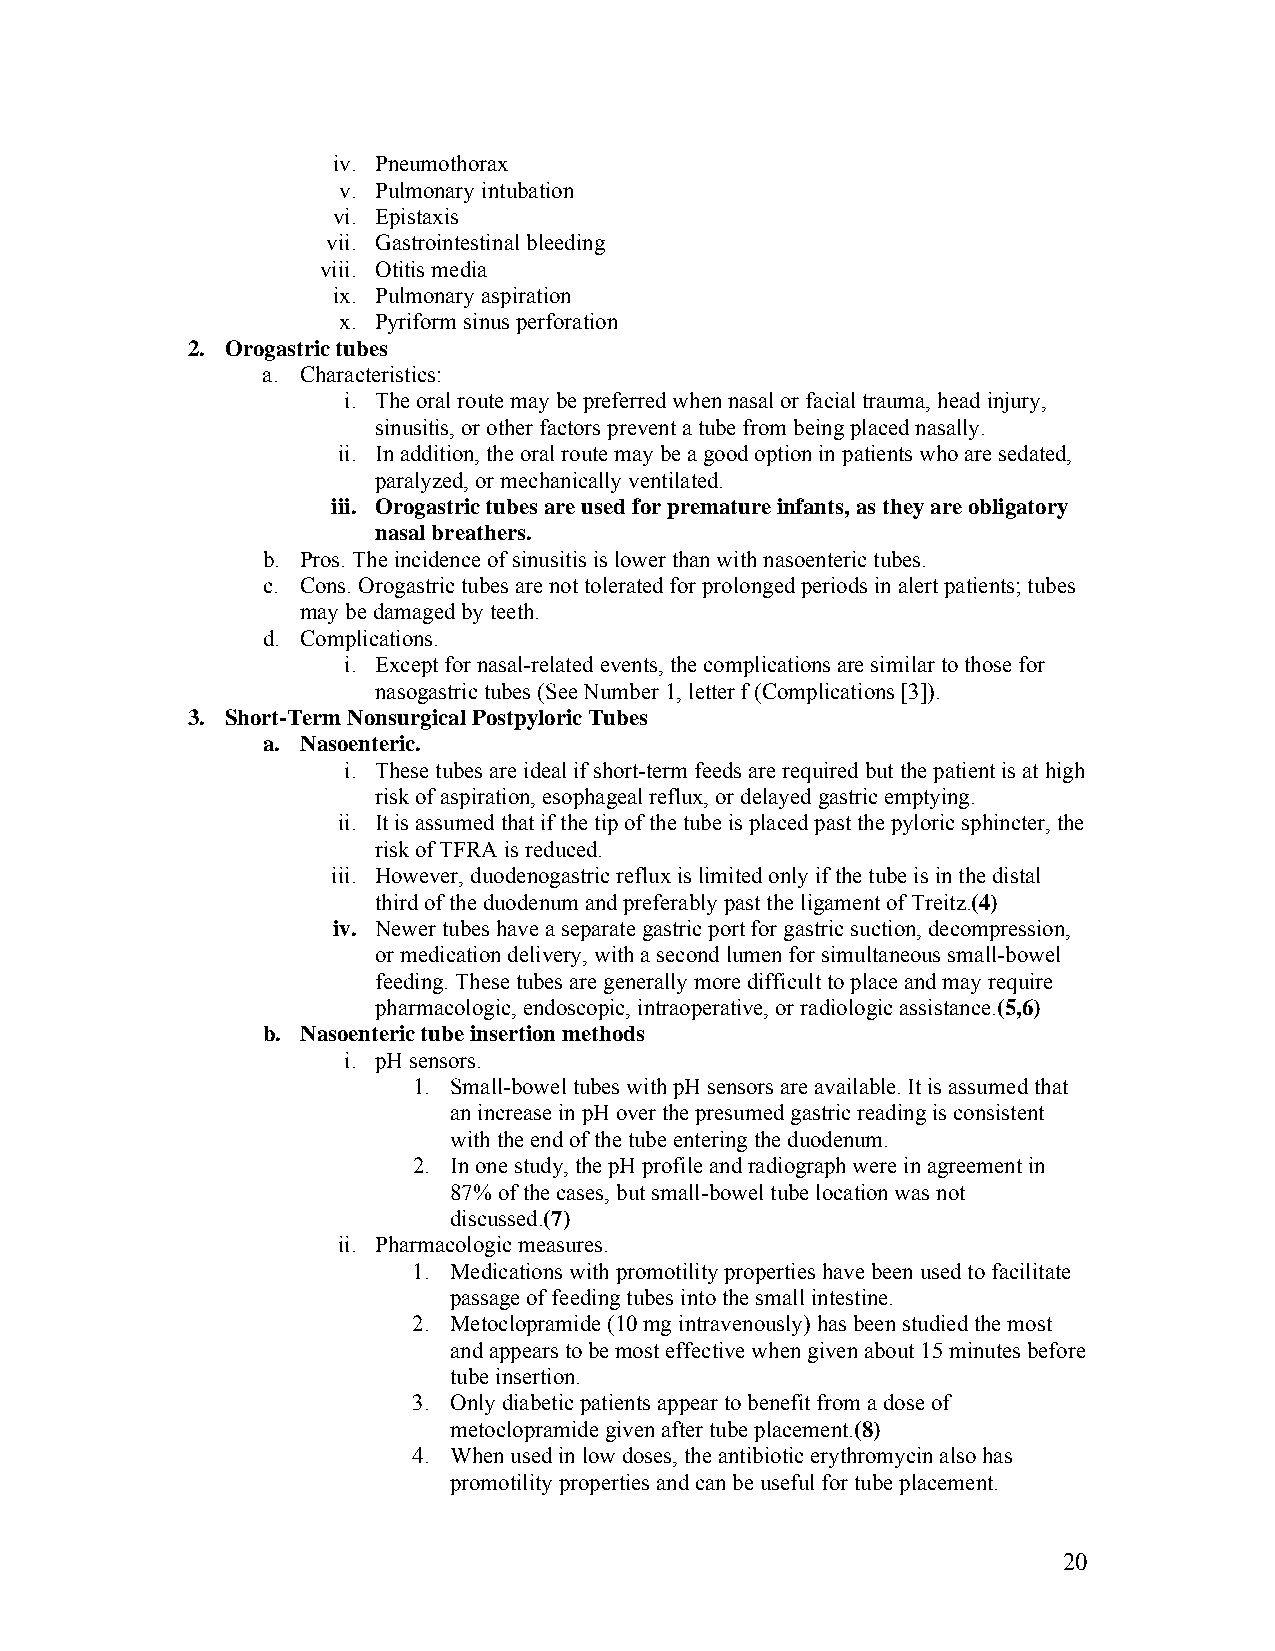
iv. Pneumothorax
 v. Pulmonary intubation
 vi. Epistaxis
 vii. Gastrointestinal bleeding
 viii. Otitis media
 ix. Pulmonary aspiration
 x. Pyriform sinus perforation
 2. Orogastric tubes
 a. Characteristics:
 i. The oral route may be preferred when nasal or facial trauma, head injury,
 sinusitis, or other factors prevent a tube from being placed nasally.
 ii. In addition, the oral route may be a good option in patients who are sedated,
 paralyzed, or mechanically ventilated.
 iii. Orogastric tubes are used for premature infants, as they are obligatory
 nasal breathers.
 b. Pros. The incidence of sinusitis is lower than with nasoenteric tubes.
 c. Cons. Orogastric tubes are not tolerated for prolonged periods in alert patients; tubes
 may be damaged by teeth.
 d. Complications.
 i. Except for nasal-related events, the complications are similar to those for
 nasogastric tubes (See Number 1, letter f (Complications [3]).
 3. Short-Term Nonsurgical Postpyloric Tubes
 a. Nasoenteric.
 i. These tubes are ideal if short-term feeds are required but the patient is at high
 risk of aspiration, esophageal reflux, or delayed gastric emptying.
 ii. It is assumed that if the tip of the tube is placed past the pyloric sphincter, the
 risk of TFRA is reduced.
 iii. However, duodenogastric reflux is limited only if the tube is in the distal
 third of the duodenum and preferably past the ligament of Treitz.(4)
 iv. Newer tubes have a separate gastric port for gastric suction, decompression,
 or medication delivery, with a second lumen for simultaneous small-bowel
 feeding. These tubes are generally more difficult to place and may require
 pharmacologic, endoscopic, intraoperative, or radiologic assistance.(5,6)
 b. Nasoenteric tube insertion methods
 i. pH sensors.
 1. Small-bowel tubes with pH sensors are available. It is assumed that
 an increase in pH over the presumed gastric reading is consistent
 with the end of the tube entering the duodenum.
 2. In one study, the pH profile and radiograph were in agreement in
 87% of the cases, but small-bowel tube location was not
 discussed.(7)
 ii. Pharmacologic measures.
 1. Medications with promotility properties have been used to facilitate
 passage of feeding tubes into the small intestine.
 2. Metoclopramide (10 mg intravenously) has been studied the most
 and appears to be most effective when given about 15 minutes before
 tube insertion.
 3. Only diabetic patients appear to benefit from a dose of
 metoclopramide given after tube placement.(8)
 4. When used in low doses, the antibiotic erythromycin also has
 promotility properties and can be useful for tube placement.
 20